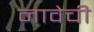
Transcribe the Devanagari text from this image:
नावेची